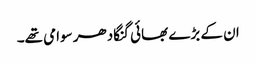
ان کے بڑے بھائی گنگادھر سوامی تھے۔